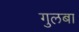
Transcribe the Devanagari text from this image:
गुलबा